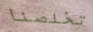
تخلصنا